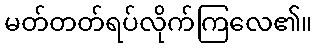
မတ်တတ်ရပ်လိုက်ကြလေ၏။